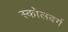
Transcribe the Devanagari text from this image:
स्कोलबर्ग